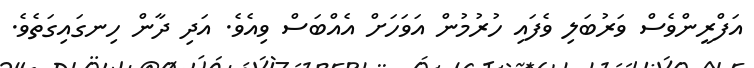
އަފްރީންވެސް ވަރުބަލި ވެފައި ހުރުމުން އަވަހަށް އެއްބަސް ވިއެވެ. އަދި ދާން ހިނގައިގަތެވެ.